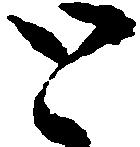
と